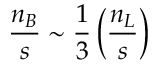
\frac { n _ { B } } { s } \sim \frac { 1 } { 3 } \left( \frac { n _ { L } } { s } \right)